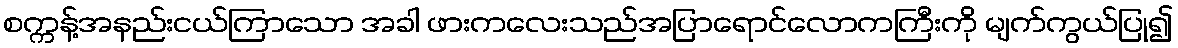
စက္ကန့်အနည်းငယ်ကြာသော အခါ ဖားကလေးသည်အပြာရောင်လောကကြီးကို မျက်ကွယ်ပြု၍